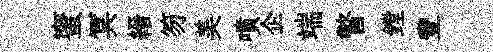
蜜冥縉笏美噴企端瞥鏜豐